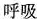
呼吸